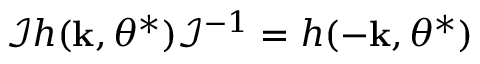
\mathcal { I } h ( { \bf k } , \theta ^ { * } ) \mathcal { I } ^ { - 1 } = h ( - { \bf k } , \theta ^ { * } )